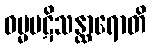
ဓမ္မပဋိသန္ထာရောတိ